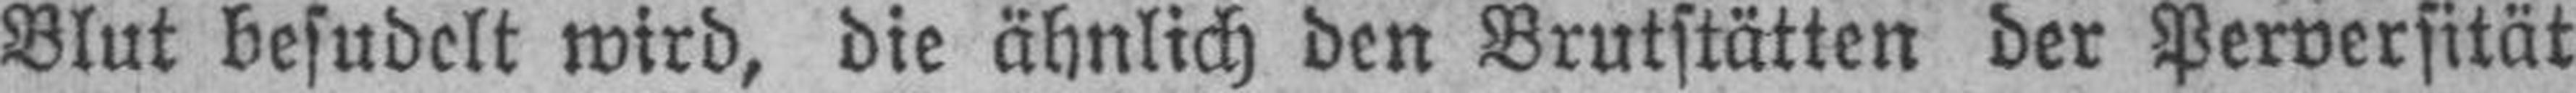
Blut besudelt wird, die ähnlich den Brutstätten der Perversität